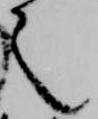
之